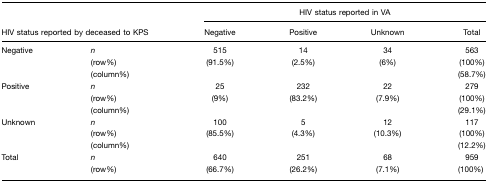
<table><thead><tr><td colspan="2"></td><td colspan="4"><b>HIV status reported in VA</b></td></tr><tr><td colspan="2"><b>HIV status reported by deceased to KPS</b></td><td><b>Negative</b></td><td><b>Positive</b></td><td><b>Unknown</b></td><td><b>Total</b></td></tr></thead><tbody><tr><td>Negative</td><td><i>n</i></td><td>515</td><td>14</td><td>34</td><td>563</td></tr><tr><td></td><td>(row%)</td><td>(91.5%)</td><td>(2.5%)</td><td>(6%)</td><td>(100%)</td></tr><tr><td></td><td>(column%)</td><td></td><td></td><td></td><td>(58.7%)</td></tr><tr><td>Positive</td><td><i>n</i></td><td>25</td><td>232</td><td>22</td><td>279</td></tr><tr><td></td><td>(row%)</td><td>(9%)</td><td>(83.2%)</td><td>(7.9%)</td><td>(100%)</td></tr><tr><td></td><td>(column%)</td><td></td><td></td><td></td><td>(29.1%)</td></tr><tr><td>Unknown</td><td><i>n</i></td><td>100</td><td>5</td><td>12</td><td>117</td></tr><tr><td></td><td>(row%)</td><td>(85.5%)</td><td>(4.3%)</td><td>(10.3%)</td><td>(100%)</td></tr><tr><td></td><td>(column%)</td><td></td><td></td><td></td><td>(12.2%)</td></tr><tr><td>Total</td><td><i>n</i></td><td>640</td><td>251</td><td>68</td><td>959</td></tr><tr><td></td><td>(row%)</td><td>(66.7%)</td><td>(26.2%)</td><td>(7.1%)</td><td>(100%)</td></tr></tbody></table>